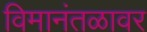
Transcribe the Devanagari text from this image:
विमानंतळावर